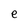
Character: e